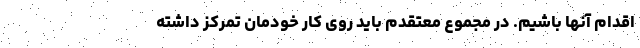
اقدام آنها باشیم. در مجموع معتقدم باید روی کار خودمان تمرکز داشته